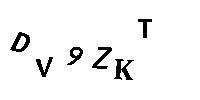
DV9ZKT